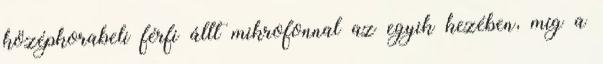
középkorabeli férfi állt mikrofonnal az egyik kezében, míg a